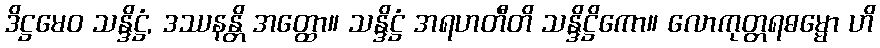
ဒိဋ္ဌမေဝ သန္ဒိဋ္ဌံ, ဒဿနန္တိ အတ္ထော။ သန္ဒိဋ္ဌံ အရဟတီတိ သန္ဒိဋ္ဌိကော။ လောကုတ္တရဓမ္မော ဟိ